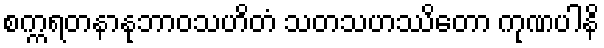
စက္ကရတနာနုဘာဝသဟိတံ သတသဟဿိတော ကုဏပါနိ